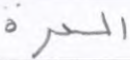
الحرة